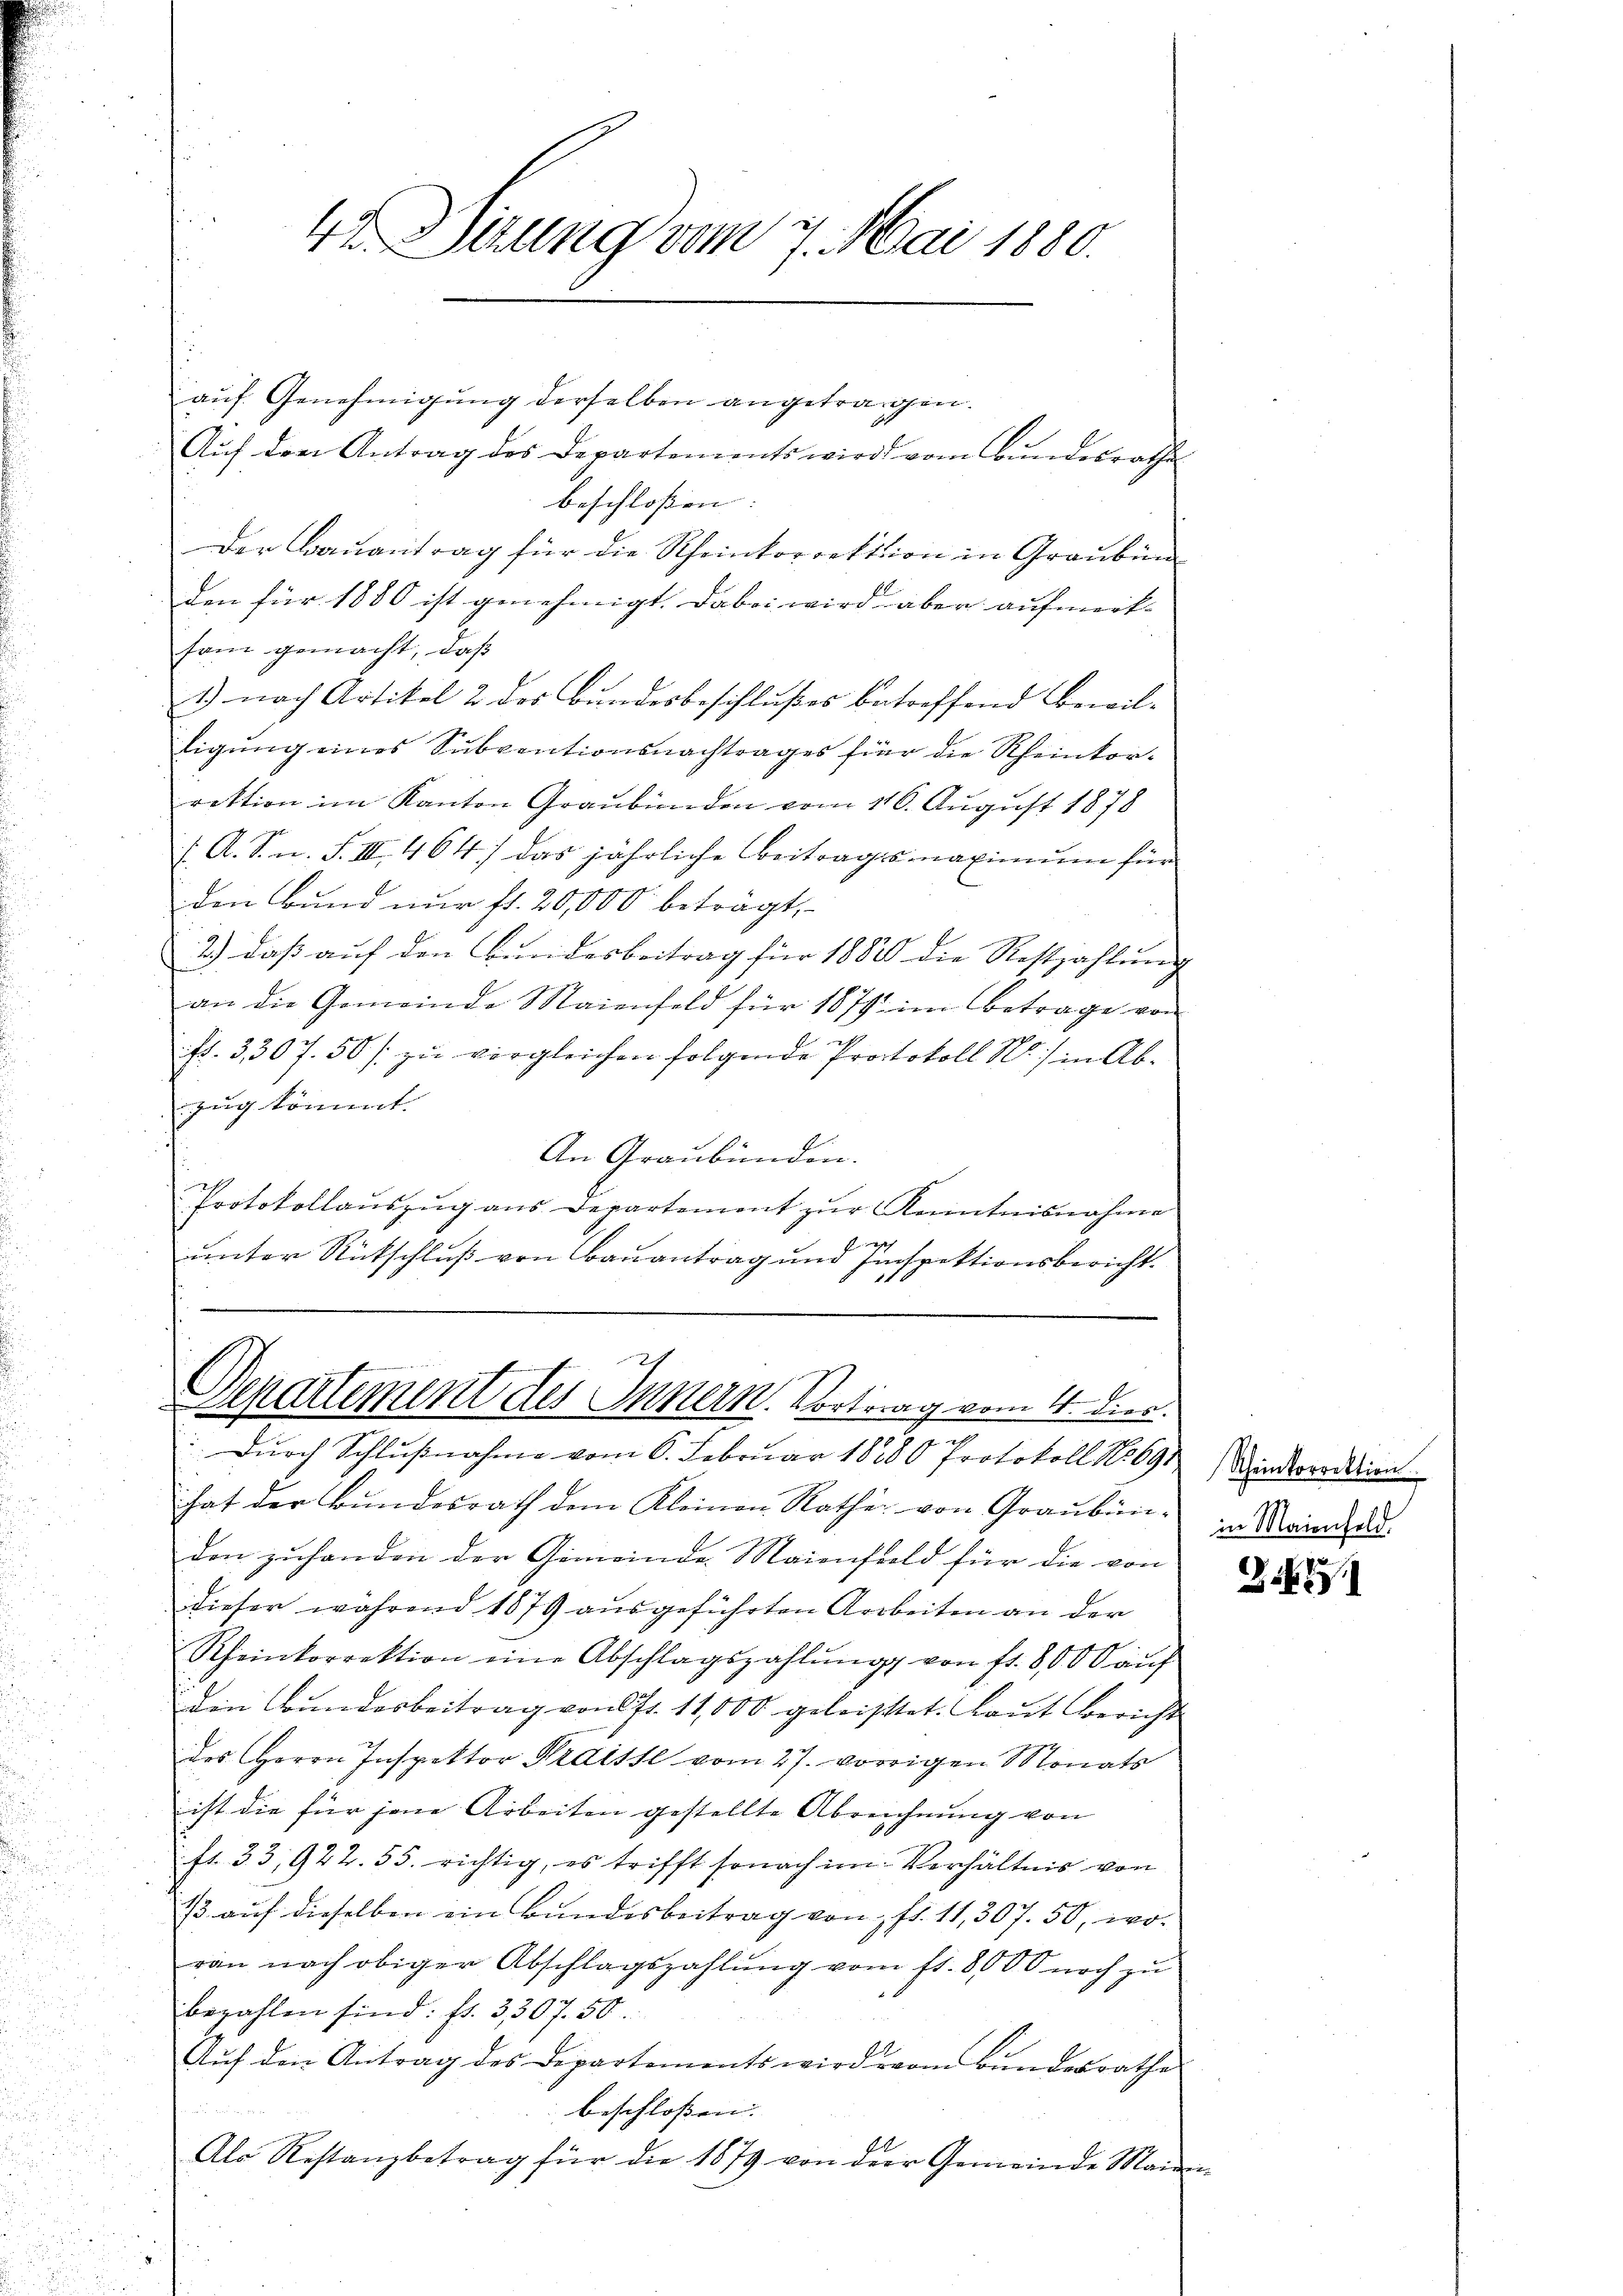
4 Sizung vom 7. Mai 1880.

Derartement des Innern. Vortrag vom 4. Dier.
n

auf Genehmigung derselben angetragen.
Aŭf den Antrag des Departements wird vom Bŭndesrathe
beschlossen:
Der Bauantrag für die Rheinkorrektion in Graubün
den für 1880 ist genehmigt. Dabei wird aber aufmerk- |
sam gemacht, daß
1.) nach Artikel 2 des Bundesbeschlußes betreffend Bewilligung eines Subventionsnachtrages für die Rheinkorrektion im Kanton Graubünden vom 116. August 1878
/. A. S. n. F. III 464.) das jährliche beitragsmaximum für
den Bund nur fl. 20,000 betragt,
2.) Daß auf den Bundesbeitrag für 1882 die Restzahlung
an die Gemeinde Maienfeld für 1879 im Betrage von
f. 3307. 50 zu vergleichen folgende Protokoll Nr. ) in Abzung kommt.
An Graubünden.
Protokollaŭszŭg ans Departement zŭr Kenntnisnahme
c
unter Rükschluß von Bauantrag und Inspektionsbericht.

Durch Schlußnahme vom 6. Februar 18380 Protokoll No 691
hat der Bundesrath dem Kleinen Rathe von Graubünden zuhanden der Gemeinde Maienfeld für die von
dieser während 1879 ausgeführten Arbeiten an der
Rheinkorrektion eine Abschlagszahlŭng von fr. 8000 aŭf
den Bundesbeitrag von 71. 11,000 geleistet. Laut Bericht
des Herrn Inspektor Preissl vom 27. vorigen Monats
ist die für jene Arbeiten gestellte Abreichnung von
fr. 33, 922. 55. richtig, es trifft sonach im Verhältnis von
 aŭf dieselben ein Bundesbeitrag von fl. 11,307. 50, woran nach obiger Abschlagszahlŭng vom fr. 8000 noch zu
bezahlen sind: fl. 3,307. 50
Aŭf den Antrag des Departements wird vom Bŭndesrathe
i
beschlossen: |
Als Restanzbetrag für die 1879 von der Gemeinde Mann

Rheinkorrektion.
in Maienfeld

2